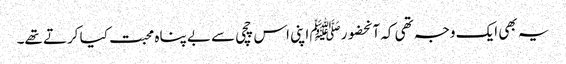
یہ بھی ایک وجہ تھی کہ آنحضورﷺ اپنی اس چچی سے بے پناہ محبت کیا کرتے تھے۔